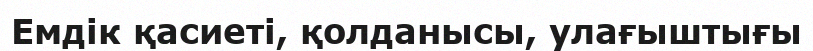
Емдік қасиеті, қолданысы, улағыштығы